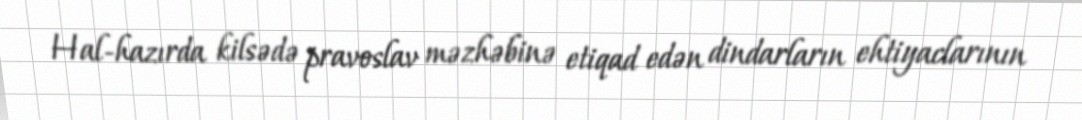
Hal-hazırda kilsədə pravoslav məzhəbinə etiqad edən dindarların ehtiyaclarının